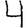
Digit: 4